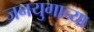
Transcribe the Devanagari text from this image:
जनयुगाच्या